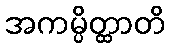
အကမ္ပိတ္ထာတိ